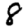
Digit: 8